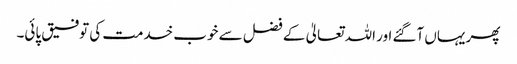
پھر یہاں آگئے اور اللہ تعالیٰ کے فضل سے خوب خدمت کی توفیق پائی۔